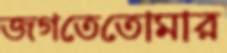
জগতেতোমার